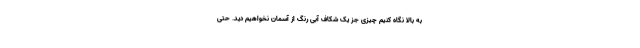
به بالا نگاه کنیم چیزی جز یک شکاف آبی رنگ از آسمان نخواهیم دید. حتی